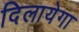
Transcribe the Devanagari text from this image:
दिलायेगा